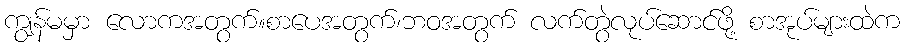
ကျွန်မမှာ လောကအတွက်။စာပေအတွက်၊ဘဝအတွက် လက်တွဲလုပ်ဆောင်ဖို့ စာအုပ်များထဲက